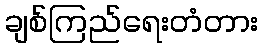
ချစ်ကြည်ရေးတံတား